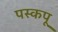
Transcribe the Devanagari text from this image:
पस्कपू